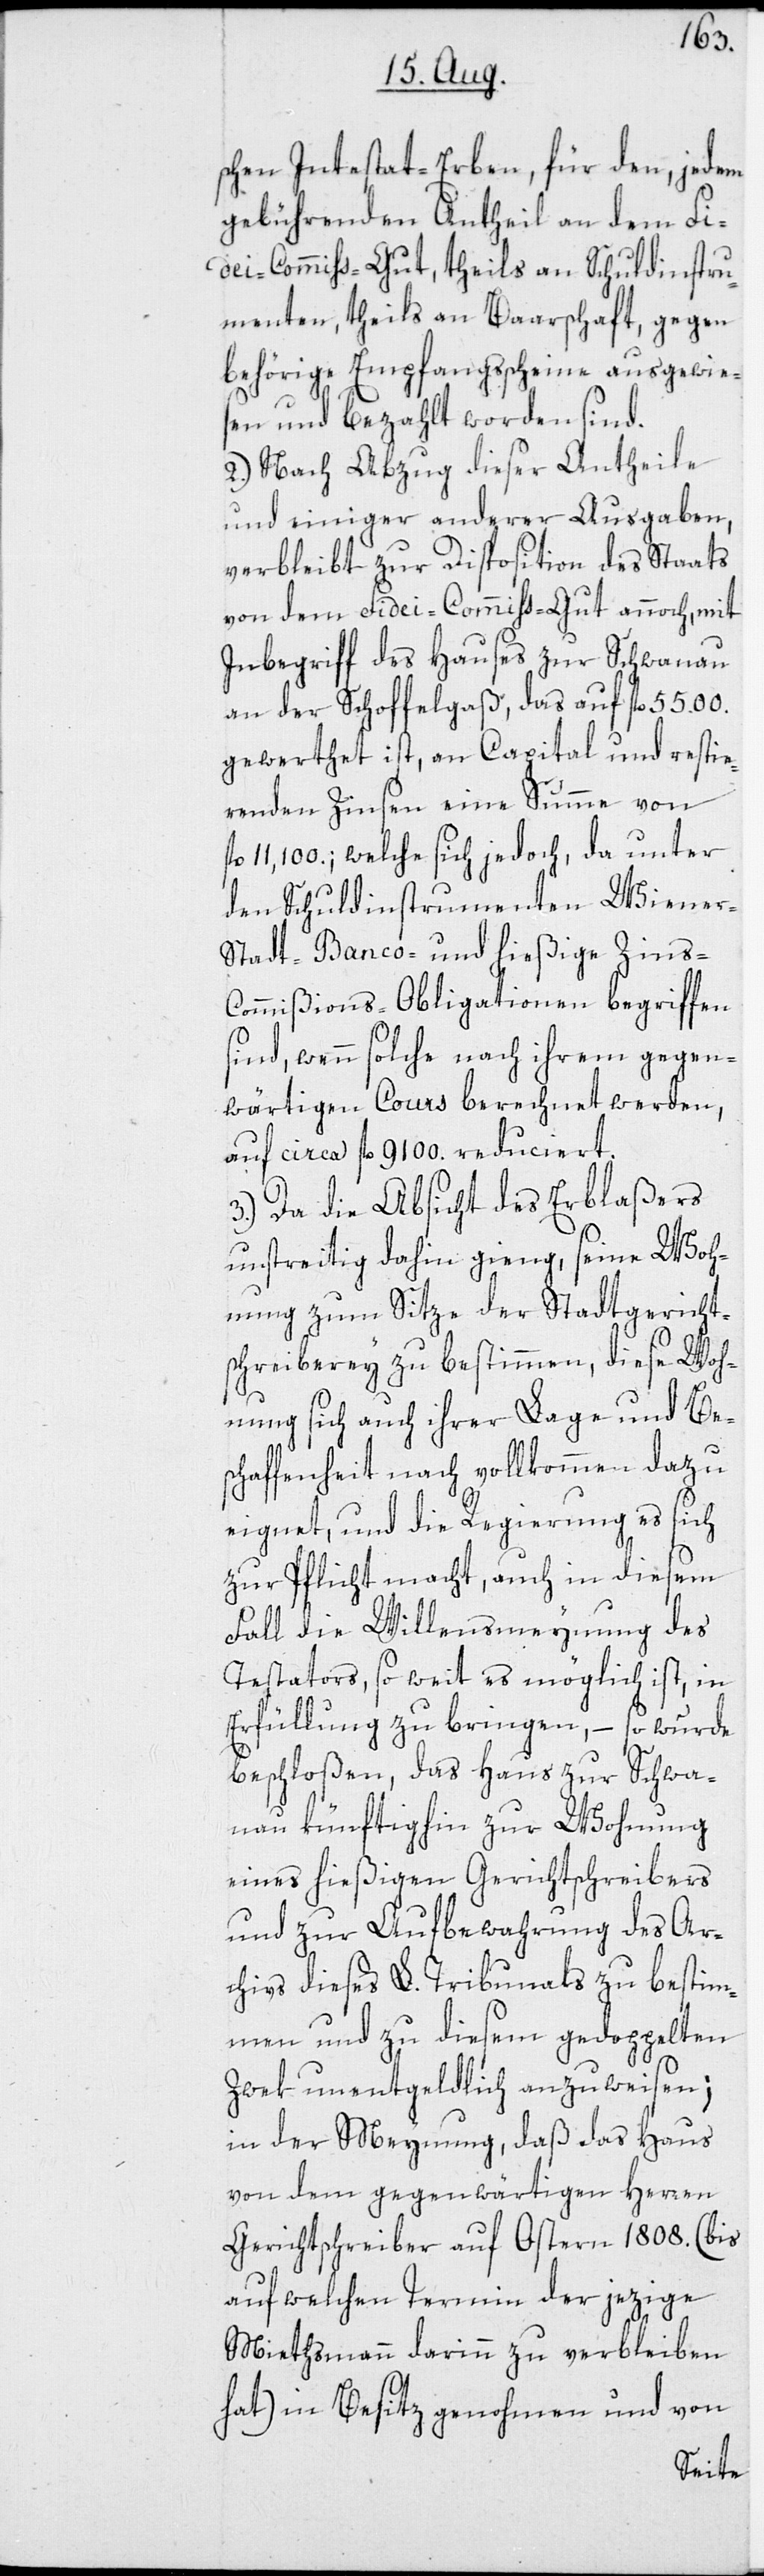
schen Intestat-Erben, für den, jedem
gebührenden Antheil an dem Fi¬
dei-Commiss-Gut, theils an Schuldinstru¬
menten, theils an Baarschaft, gegen
behörige Empfangsscheine ausgewie¬
sen und bezahlt worden sind.
2.) Nach Abzug dieser Antheile
und einiger anderer Ausgaben,
verbleibt zur Disposition des Staats
von dem Fidei-Commiss-Gut annoch, mit
Inbegriff des Hauses zur Schwanau
an der Schoffelgaß, das auf fl. 5500.
gewerthet ist, an Capital und restie¬
renden Zinsen eine Summe von
11,100.; welche sich jedoch, da unter
den Schuldinstrumenten Wiener-S¬
tadt-Banco- und hießige Zins-C¬
ommißions-Obligationen begriffen
sind, wenn solche nach ihrem gegen¬
wärtigen Cours berechnet werden,
auf circa fl. 9100. reduciert.
3.) Da die Absicht des Erblaßers
unstreitig dahin gieng, seine Woh¬
nung zum Sitze der Stadtgericht¬
schreiberey zu bestimmen, diese Woh¬
nung sich auch ihrer Lage und Be¬
schaffenheit nach vollkommen dazu
eignet, und die Regierung es sich
zur Pflicht macht, auch in diesem
Fall die Willensmeynung des
Testators, so weit es möglich ist, in
Erfüllung zu bringen, – so wurde
beschloßen, das Haus zur Schwa¬
nau künftighin zur Wohnung
eines hießigen Gerichtschreibers
und zur Aufbewahrung des Ar¬
chivs dieses L. Tribunals zu bestim¬
men und zu diesem gedoppelten
Zwek unentgeldlich anzuweisen;
in der Meynung, daß das Haus
von dem gegenwärtigen Herren
Gerichtschreiber auf Ostern 1808. (bis
auf welchen Termin der jezige
Miethsmann darinn zu verbleiben
hat) in Besitz genohmen und von